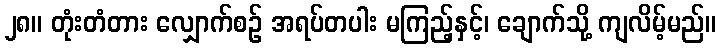
၂၈။ တုံးတံတား လျှောက်စဉ် အရပ်တပါး မကြည့်နှင့်၊ ချောက်သို့ ကျလိမ့်မည်။